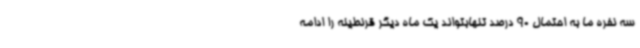
سه نفره ما به احتمال 90 درصد تنهابتواند یک ماه دیگر قرنطینه را ادامه